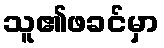
သူ၏ဖခင်မှာ